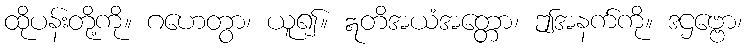
ထိုပန်းတို့ကို။ ဂဟေတွာ၊ ယူ၍။ ဣတိအယံအတ္တော၊ ဤအနက်ကို။ ဒဌဗ္ဗော၊